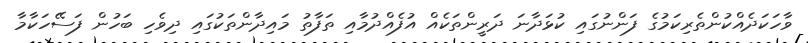
ވާހަކަދެއްކުންތެރިކަމުގެ ފަންނުގައި ކުޅަދާނަ ދަރީންތަކެއް އުފެއްދުމާއި ތަފާތު މައިދާންތަކުގައި ދިވެހި ބަހުން ފަސޭހަކާމާ